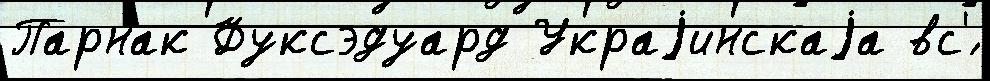
Парнак Фуксэдуард Украjинскаjа вс'́